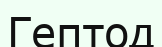
Гептод